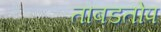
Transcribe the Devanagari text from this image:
ताबडतोप